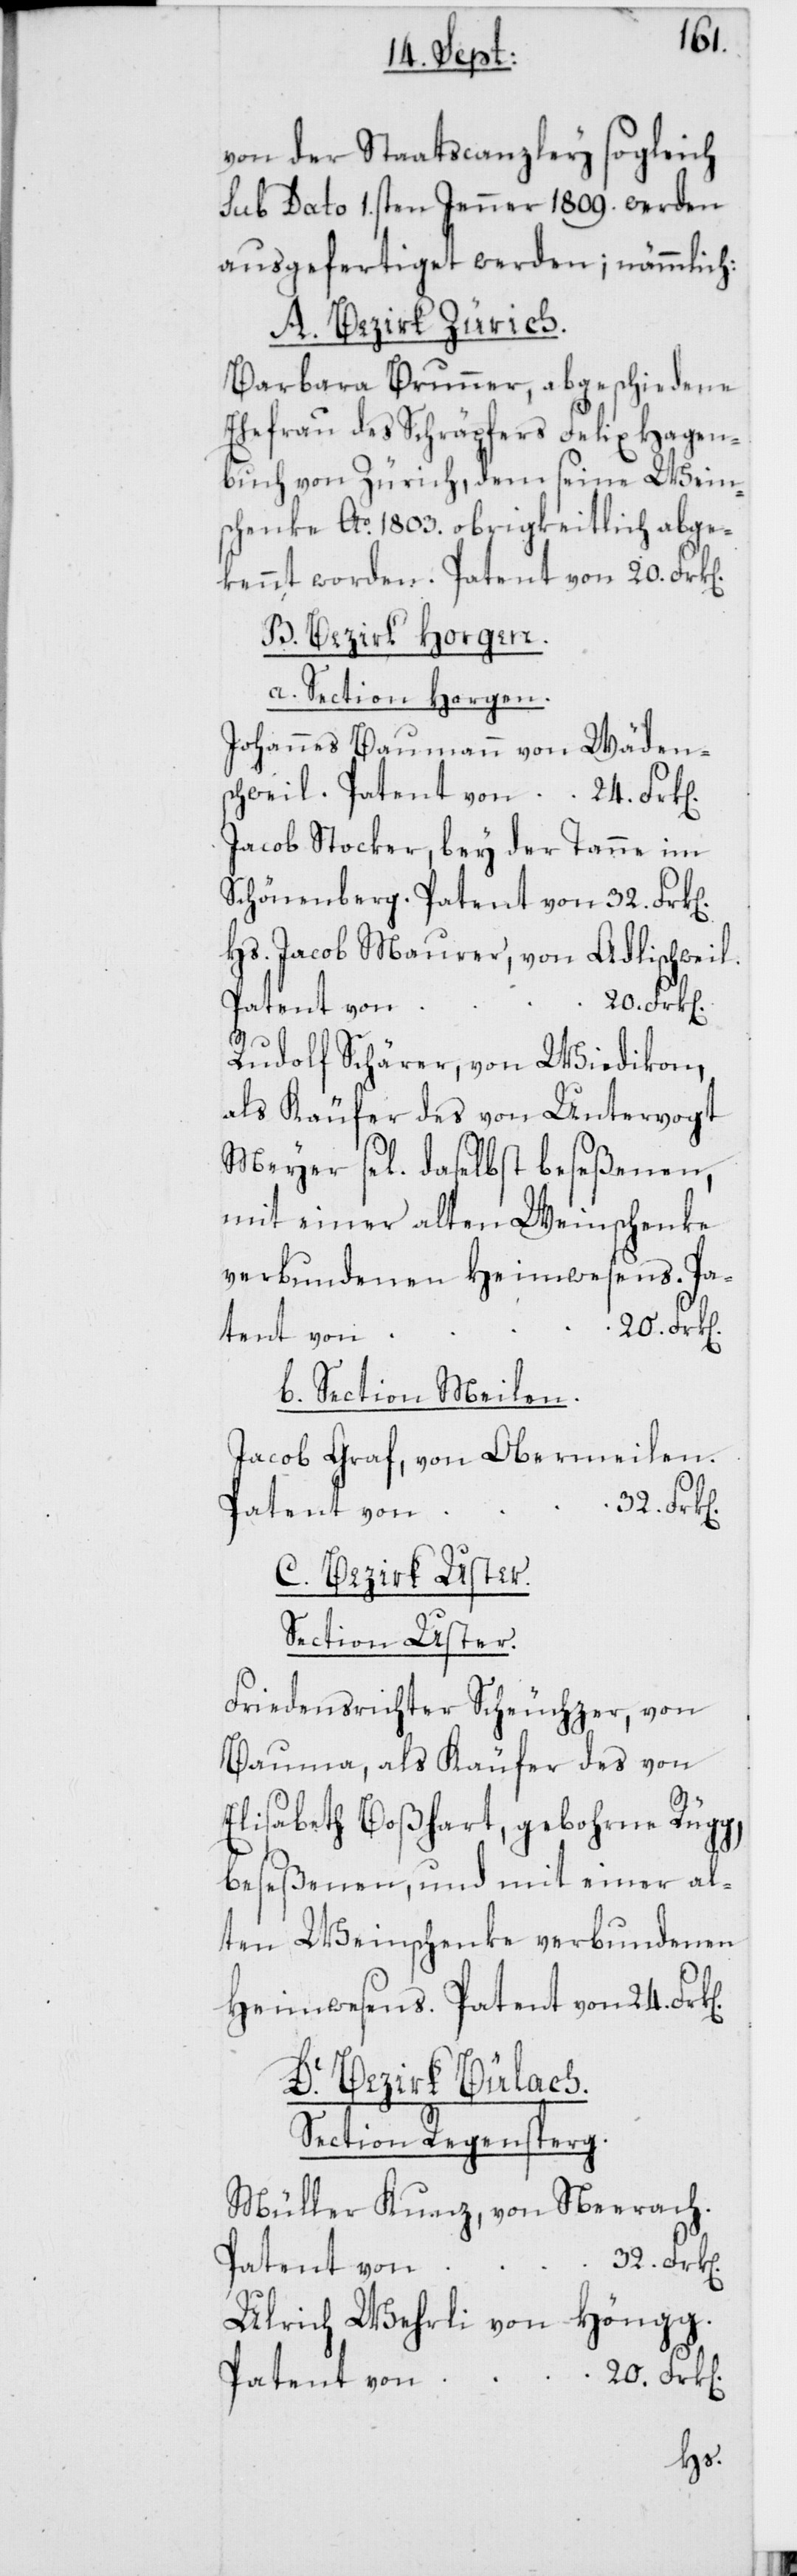
von der Staatscanzley sogleich
sub Dato 1.sten Jenner 1809. werden
ausgefertiget werden; nämmlich
A. Bezirk Zürich.
Barbara Brunner, abgeschiedene
Ehefrau des Schräpfers Felix Hagen¬
buch von Zürich, dem seine Wein¬
schenke Ao. 1803. obrigkeitlich abge¬
kennt worden. Patent von 20. Frk[e¬
B. Bezirk Horgen.
a. Section Horgen.
Johannes Baumann von Wäden¬
schweil. Patent von 24. Frk[e¬
Jacob Stocker, bey der Tanne im
Schönenberg. Patent von 32. Frk[e¬
Hs. Jacob Maurer, von Adlischweil.
Patent von
20.
Rudolf Schärer, von Wiedikon,
als Käufer des von Untervogt
Meyer sel. daselbst beseßenen,
mit einer alten Weinschenke
verbundenen Heimwesens. Pa¬
tent von
b. Section Meilen.
Jacob Graf, von Obermeilen,
C. Bezirk Uster.
Section Uster.
Friedensrichter Scheuchzer, von
Bauma, als Käufer des von
Elisabeth Boßhart, gebohrne Rügg,
beseßenen, und mit einer al¬
ten Weinschenke verbundenen
Heimwesens. Patent von 24.
D. Bezirk Bülach.
Section Regensperg.
Müller Kunz, von Neerach.
Ulrich Wehrli von Höngg.